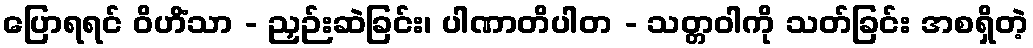
ပြောရရင် ဝိဟိံသာ - ညှဉ်းဆဲခြင်း၊ ပါဏာတိပါတ - သတ္တဝါကို သတ်ခြင်း အစရှိတဲ့